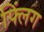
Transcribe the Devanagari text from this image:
फ्लिंग